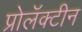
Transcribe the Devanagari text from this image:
प्रोलॅक्टीन